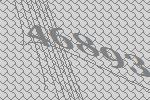
46893